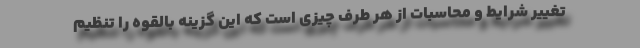
تغییر شرایط و محاسبات از هر طرف چیزی است که این گزینه بالقوه را تنظیم